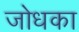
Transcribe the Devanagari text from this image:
जोधका